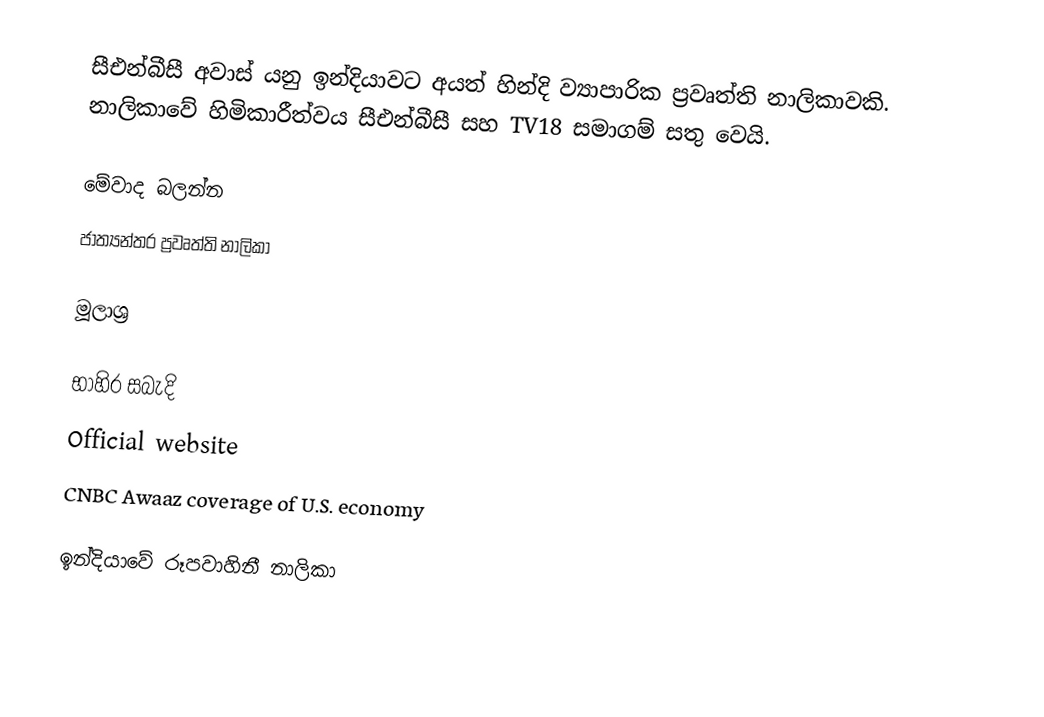
සීඑන්බීසී අවාස් යනු ඉන්දියාවට අයත් හින්දි ව්‍යාපාරික ප්‍රවෘත්ති නාලිකාවකි. නාලිකාවේ හිමිකාරීත්වය සීඑන්බීසී  සහ TV18 සමාගම් සතු වෙයි.

මේවාද බලන්න
 ජාත්‍යන්තර ප්‍රවෘත්ති නාලිකා

මූලාශ්‍ර

භාහිර සබැදි
Official website
CNBC Awaaz coverage of U.S. economy

ඉන්දියාවේ රූපවාහිනී නාලිකා